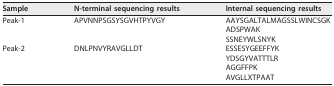
<table><thead><tr><td><b>Sample</b></td><td><b>N-terminal sequencing results</b></td><td><b>Internal sequencing results</b></td></tr></thead><tbody><tr><td rowspan="3">Peak-1</td><td rowspan="3">APVNNPSGSYSGVHTPYVGY</td><td>AAYSGALTALMAGSSLWINCSGK</td></tr><tr><td>ADSPWAK</td></tr><tr><td>SSNEYWLSNYK</td></tr><tr><td rowspan="4">Peak-2</td><td rowspan="4">DNLPNVYRAVGLLDT</td><td>ESSESYGEEFFYK</td></tr><tr><td>YDSGYVATTTLR</td></tr><tr><td>AGGFFPK</td></tr><tr><td>AVGLLXTPAAT</td></tr></tbody></table>